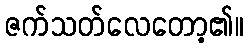
ဇက်သတ်လေတော့၏။